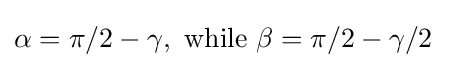
\alpha =\pi /2-\gamma ,\ \mathrm {while} \ \beta =\pi /2-\gamma /2\